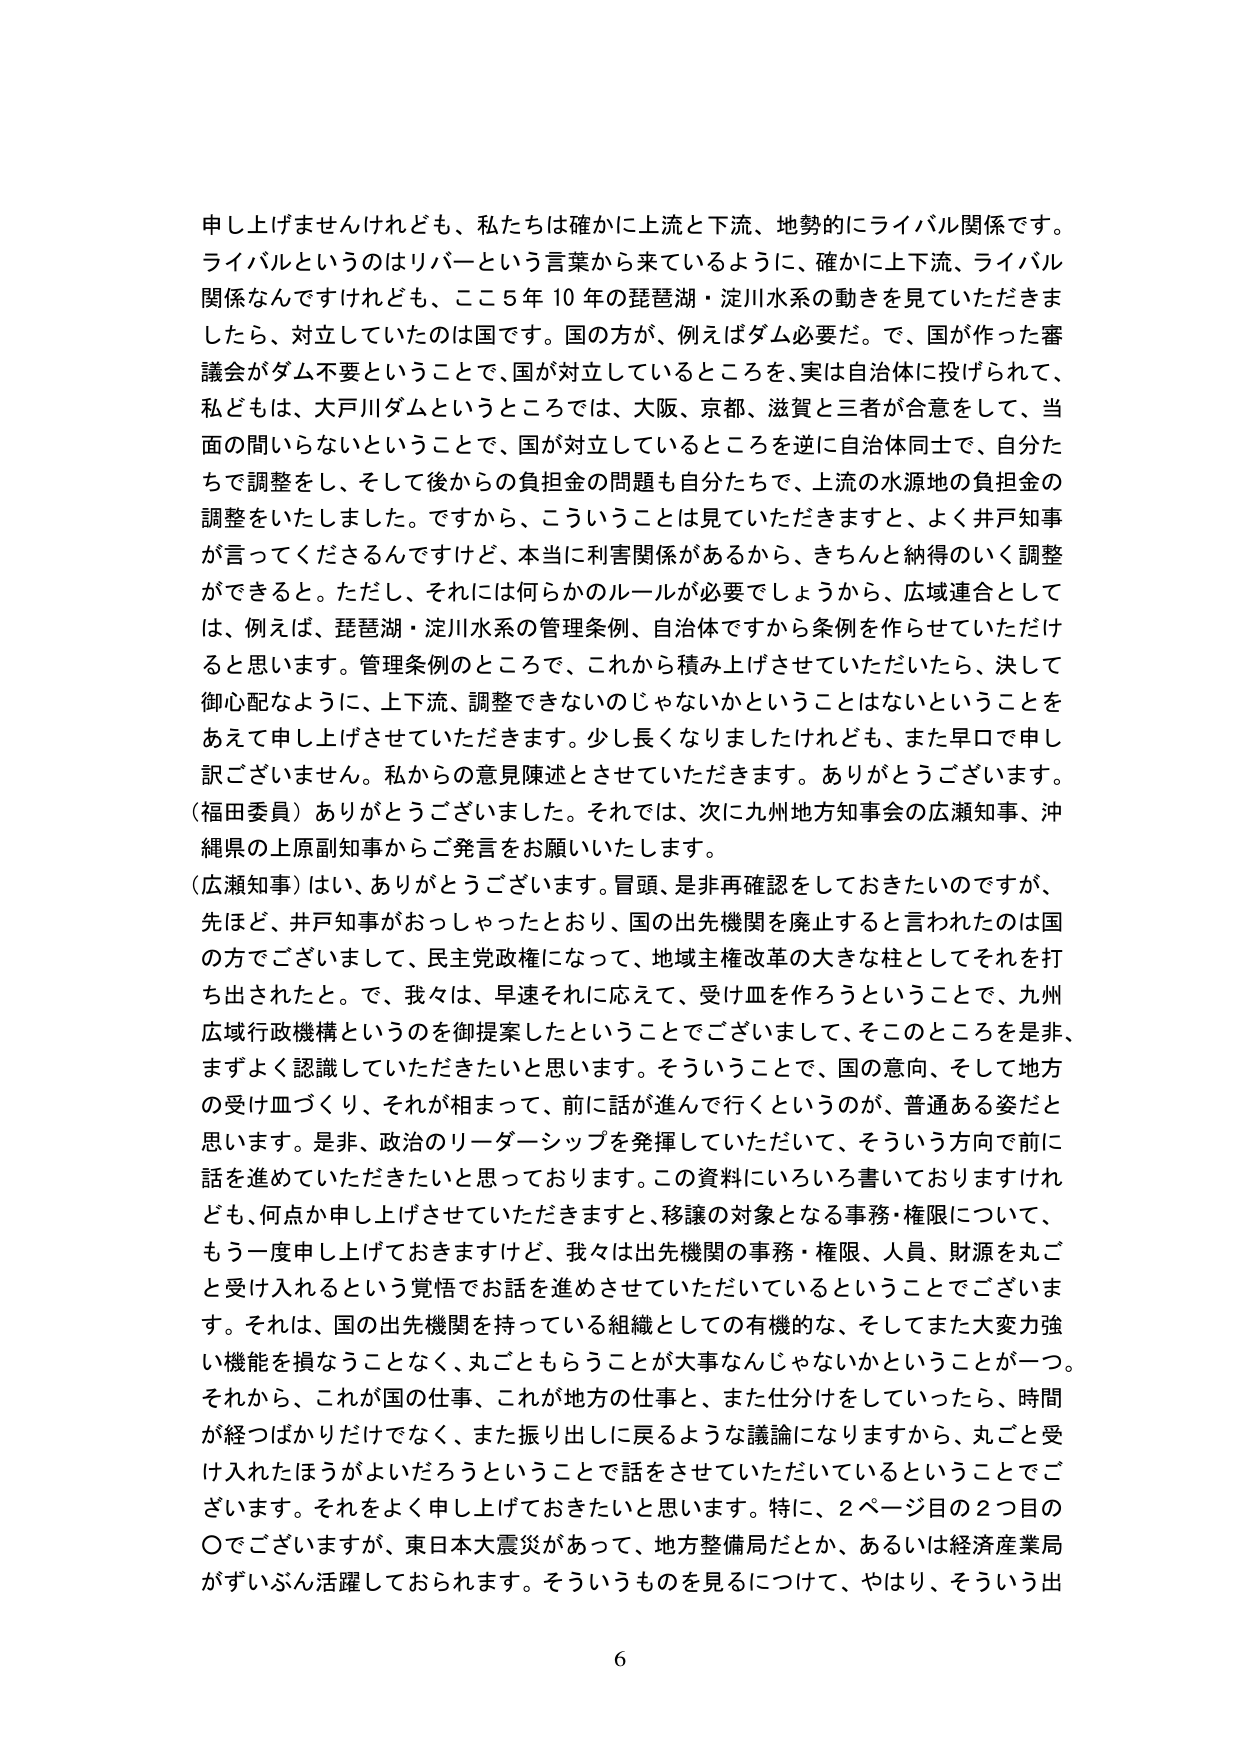
申し上げませんけれども、私たちは確かに上流と下流、地勢的にライバル関係です。ライバルというのはリバーという言葉から来ているように、確かに上下流、ライバル関係なんですけれども、ここ５年１０年の琵琶湖・淀川水系の動きを見ていただきますと、対立していたのは国です。国の方が、例えばダム必要だ。で、国が作った審議会がダム不要ということで、国が対立しているところを、実は自治体に投げられて、私どもは、大戸川ダムというところでは、大阪、京都、滋賀と三者が合意をして、当面の間いらないということで、国が対立しているところを逆に自治体同士で、自分たちで調整をし、そして後からの負担金の問題も自分たちで、上流の水源地の負担金の調整をいたしました。ですから、こういうことは見ていただきますと、よく井戸知事が言ってくださるんですけど、本当に利害関係があるから、きちんと納得のいく調整ができると。ただし、それには何らかのルールが必要でしょうから、広域連合としては、例えば、琵琶湖・淀川水系の管理条例、自治体ですから条例を作らせていただけろと思います。管理条例のところで、これから積み上げさせていただいたら、決して御心配なように、上下流、調整できないのじゃないかということはないということをあえて申し上げさせていただきます。少し長くなりましたがけれども、また早口で申し訳ございません。私からの意見陳述とさせていただきます。ありがとうございます。

（福田委員）ありがとうございました。それでは、次に九州地方知事会の広瀬知事、沖縄県の上原副知事からご発言をお願いいたします。

（広瀬知事）はい、ありがとうございます。冒頭、是非再確認をしておきたいのですが、先ほど、井戸知事がおっしゃったとおり、国の出先機関を廃止すると言われたのは国の方でございまして、民主党政権になって、地域主権改革の大きな柱としてそれを打ち出されたと。で、我々は、早速それに応えて、受け皿を作ろうということで、九州広域行政機構というのを御提案したということでございまして、そのところを是非、まずよく認識していただきたいと思います。そういうことで、国の意向、そして地方の受け皿づくり、それが相まって、前に話が進んで行くというのが、普通ある姿だと思います。是非、政治のリーダーシップを発揮していただいて、そういう方向で前に話を進めていただきたいと思っております。この資料にいろいろ書いておりますけれども、何点か申し上げさせていただきますと、移譲の対象となる事務・権限について、もう一度申し上げておきますけど、我々は出先機関の事務・権限、人員、財源を丸ごと受け入れるという覚悟でお話を進めさせていただいているということでございます。それは、国の出先機関を持っている組織としての有機的な、そしてまた大変力強い機能を損なうことなく、丸ごともらうことが大事なんじゃないかということが一つ。それから、これが国の仕事、これが地方の仕事と、また仕分けをしていったら、時間が経つばかりだけでなく、また振り出しに戻るような議論になりますから、丸ごと受け入れたほうがよいだろうということで話をさせていただいているということでございます。それをよく申し上げておきたいと思います。特に、２ページ目の２つ目の〇でございますが、東日本大震災があって、地方整備局だとか、あるいは経済産業局がずいぶん活躍しておられます。そういうものを見るにつけて、やはり、そういう出

6